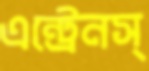
এন্‌ট্রেনস্‌